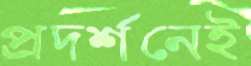
প্রদর্শনেই